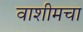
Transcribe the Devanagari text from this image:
वाशीमचा